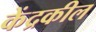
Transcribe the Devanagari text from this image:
केंद्रकील